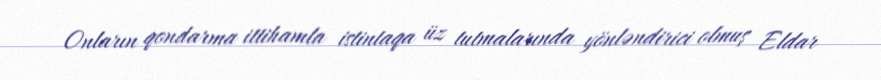
Onların qondarma ittihamla istintaqa üz tutmalarında yönləndirici olmuş Eldar